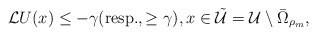
\begin{align*} {\cal L} U(x)\leq-\gamma(\mbox{resp.}, \ge\gamma ), x\in\tilde{\cal U}={\cal U}\setminus\bar\Omega_{\rho_m},\end{align*}